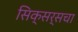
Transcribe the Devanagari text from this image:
सिक्सर्सचा